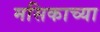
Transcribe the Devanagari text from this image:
मसिकाच्या